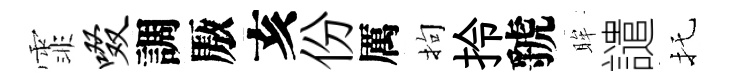
霏啜調厫亥份厲拘拎虢眸譴托